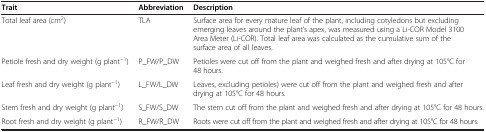
| Trait | Abbreviation | Description |
 | --- | --- | --- |
 | Total leaf area (cm2) | TLA | Surface area for every mature leaf of the plant, including cotyledons but excluding emerging leaves around the plant’s apex, was measured using a Li-COR Model 3100 Area Meter (Li-COR). Total leaf area was calculated as the cumulative sum of the surface area of all leaves. |
 | Petiole fresh and dry weight (g plant−1) | P_FW/P_DW | Petioles were cut off from the plant and weighed fresh and after drying at 105°C for 48 hours. |
 | Leaf fresh and dry weight (g plant−1) | L_FW/L_DW | Leaves, excluding petioles) were cut off from the plant and weighed fresh and after drying at 105°C for 48 hours. |
 | Stem fresh and dry weight (g plant−1) | S_FW/S_DW | The stem cut off from the plant and weighed fresh and after drying at 105°C for 48 hours. |
 | Root fresh and dry weight (g plant−1) | R_FW/R_DW | Roots were cut off from the plant and weighed fresh and after drying at 105°C for 48 hours. |